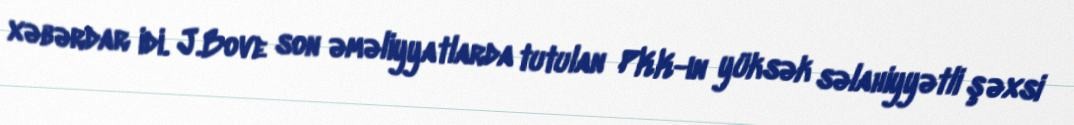
xəbərdar idi. J.Bove son əməliyyatlarda tutulan PKK-ın yüksək səlahiyyətli şəxsi